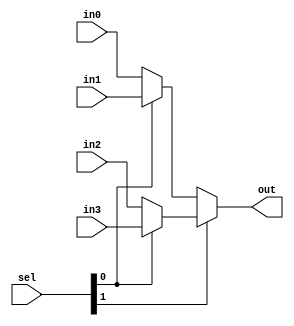
`default_nettype none
/*
    CS/ECE 552 Spring '22
    Homework #1, Problem 1

    4-1 mux template
*/
module mux4_1(
    output wire       out,
    input  wire       in0, in1, in2, in3,
    input  wire [1:0] sel
);

wire mux_upper, mux_lower;

assign mux_upper = (sel[0]) ? in3 : in2;
assign mux_lower = (sel[0]) ? in1 : in0;

assign out = (sel[1]) ? mux_upper : mux_lower;

endmodule
`default_nettype wire